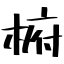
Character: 椨